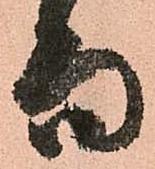
而